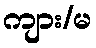
ကျား/မ